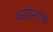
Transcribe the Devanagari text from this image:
कडांनाच